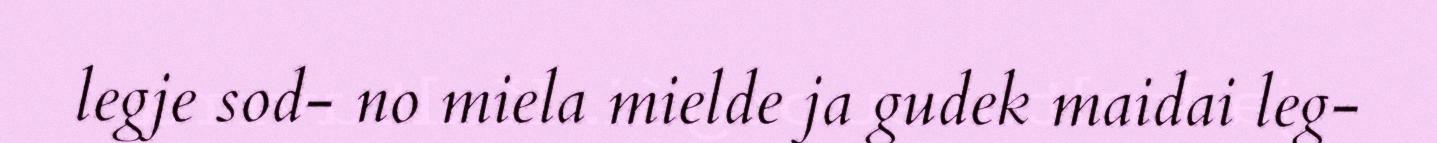
legje sod- no miela mielde ja gudek maidai leg-